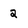
Character: 2